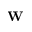
\textbf { W }